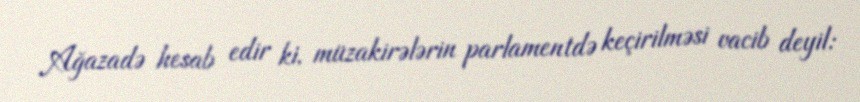
Ağazadə hesab edir ki, müzakirələrin parlamentdə keçirilməsi vacib deyil: